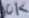
Text: 10K